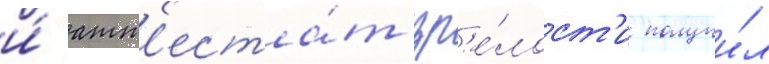
и́ атт'еста́т зр'е́лост'и получи́л